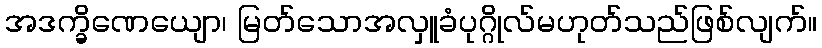
အဒက္ခိဏေယျော၊ မြတ်သောအလှူခံပုဂ္ဂိုလ်မဟုတ်သည်ဖြစ်လျက်။